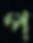
প